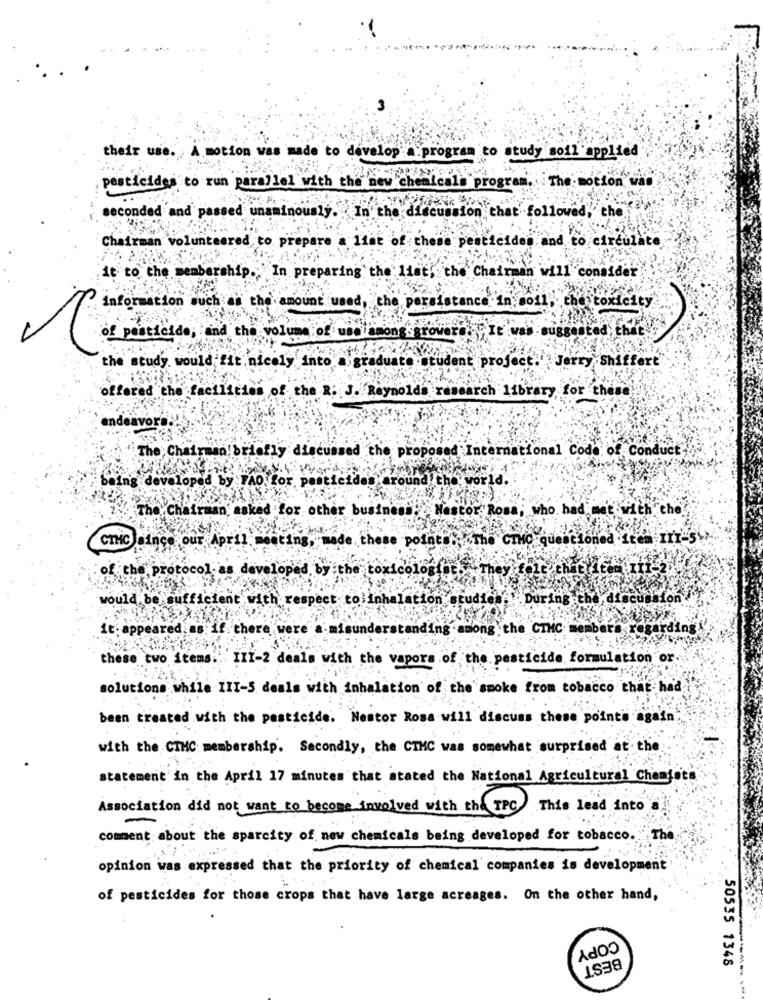
their use. A motion was made to develop program to study soil applied
pesticides to run parallel with the new chemicals program. The motion was
seconded and passed unaminously. In the discussion that followed, the
cides and to circulate
Chairman volunteered to pre
it to the membership. In P
Ing
the list, the Chairman will consider
information such as the amount used, the persistance in oil
heitoxicity
E was suggested that
of pesticide, and the volume of use among grower
the study would fit nicely into a graduate student project. Jerry Shiffert
offered the facilities of the R. J. Reynolds research library for these
endeavord.
The; Chairman briefly discussed the proposed International Code of Conduct;
aing developed by FAO for pesticides around the world.
The Chairman, asked for other
Nestor Rosa, who had met with the
CIMC since our April
.these pointst: "The CIMC questioned item IIT-5%
of the protocol as developed by the toxicologia
They felt that iten
would be sufficient with respect to:inhalation studie
During th
it: appeared.as if there were
isunderstanding among the CIMC: members regarding
these two items. III-2 deals with the vapors of the pesticide formulation or.
solutions while III-5 deals with inhalation of the smoke from tobacco that had
been treated with the pesticide. Nestor Rosa will discuss these points again
with the CTHC membership. Secondly, the CTMC was somewhat surprised at the
statement' in the April 17 minutes that stated the National Agricultural Chenfets
Association did not want to become involved with the TPC
This lead into
-
comment about the sparcity of new chemicals being developed for tobacco."
The
opinion was expressed that the priority of chemical companies is development
of pesticides for those crops that have large acreages. On the other hand,
COPY
BEST
50535 1348